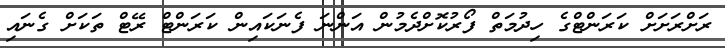
ރަށްރަށަށް ކަރަންޓްގެ ހިދުމަތް ފޯރުކޮށްދެމުން އަންނަ ފެނަކައިން ކަރަންޓް ރޭޓް ތަކަށް ގެނައި